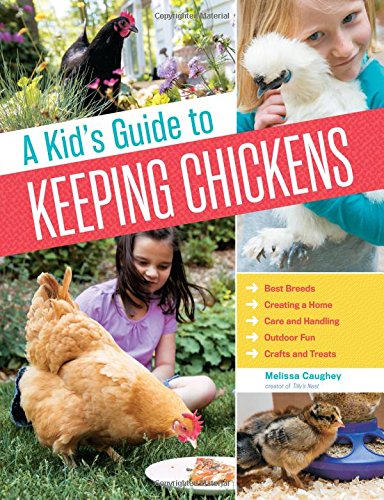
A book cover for A Kid's Guide to Keeping Chickens: Best Breeds, Creating a Home, Care and Handling, Outdoor Fun, Crafts and Treats; Melissa Caughey; Crafts, Hobbies & Home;